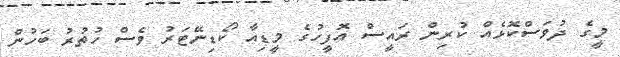
މީގެ ދުވަސްކޮޅެއް ކުރިން ރައީސް އޮފީހުގެ މީޑިއާ ކޯޑިނޭޓަރު ވެސް ހުތުރު ބަހުން